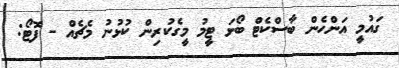
ގައުމީ އަންހެން ބާސްކެޓް ބޯޅަ ޓީމު މީގެކުރިން ކުޅުނު މެޗެއް - ފޮޓޯ: